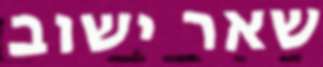
שאר ישוב